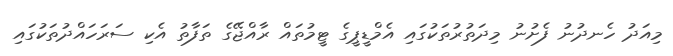
މިއަދު ހެނދުނު ފެށުނު މިދަތުރުތަކުގައި އެމްޑީޕީގެ ޓީމުތައް ރާއްޖޭގެ ތަފާތު އެކި ސަރަހައްދުތަކުގައި